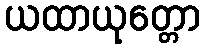
ယထာယုတ္တော